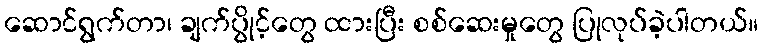
ဆောင်ရွက်တာ၊ ချက်ပွိုင့်တွေ ထားပြီး စစ်ဆေးမှုတွေ ပြုလုပ်ခဲ့ပါတယ်။